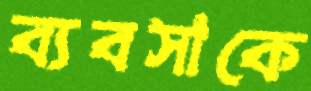
ব্যবসাকে